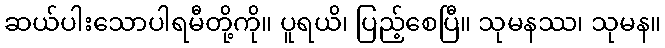
ဆယ်ပါးသောပါရမီတို့ကို။ ပူရယိ၊ ပြည့်စေပြီ။ သုမနဿ၊ သုမန။